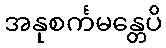
အနုစင်္ကမန္တေပိ